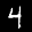
Label: 4